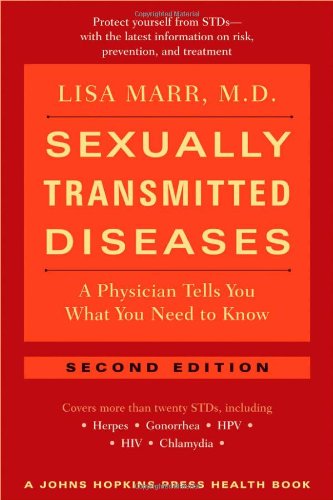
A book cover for Sexually Transmitted Diseases: A Physician Tells You What You Need to Know (A Johns Hopkins Press Health Book); Lisa Marr; Health, Fitness & Dieting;